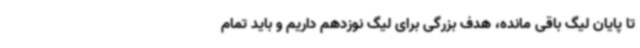
تا پایان لیگ باقی مانده، هدف بزرگی برای لیگ نوزدهم داریم و باید تمام